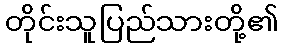
တိုင်းသူပြည်သားတို့၏